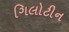
ગિલોટીન